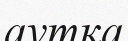
аутқа